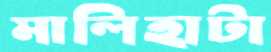
মালিহাটা